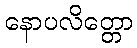
နောပလိတ္တော